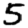
Digit: 5